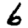
Digit: 6